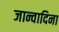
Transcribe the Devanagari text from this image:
जान्वादिना